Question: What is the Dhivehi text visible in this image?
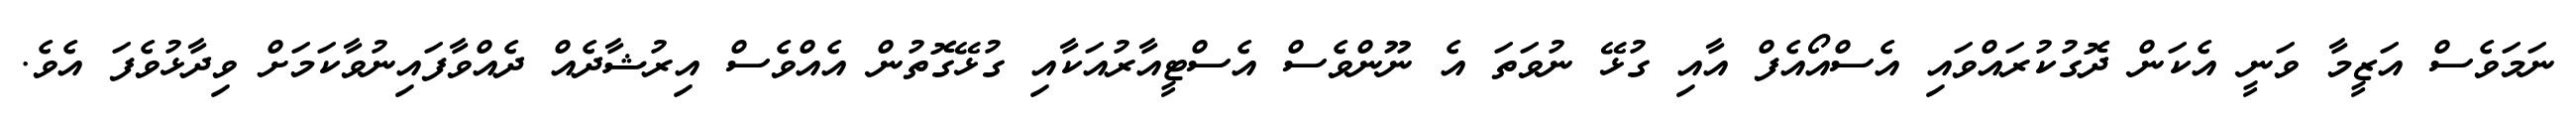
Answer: ނަމަވެސް އަޒީމާ ވަނީ އެކަން ދޮގުކުރައްވައި އެސްއޯއެފް އާއި ގުޅޭ ނުވަތަ އެ ނޫންވެސް އެސްޓީއާރުއަކާއި ގުޅޭގޮތުން އެއްވެސް އިރުޝާދެއް ދެއްވާފައިނުވާކަމަށް ވިދާޅުވެފަ އެވެ.